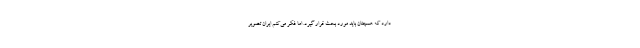
دارد که همچنان باید مورد بحث قرار گیرد. اما فکر می‌کنم ایران تصویر